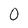
Character: O